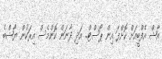
އާޝް އެފްބީއަށް ކޮށްފަ އިން ޕޯސްޓް.. އަދި ދާނަން ކޮންމެސް އިރަކުން ޔާޝްބެ